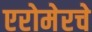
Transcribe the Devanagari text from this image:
एरोमेरचे